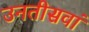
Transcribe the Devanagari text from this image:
उनतीसवां